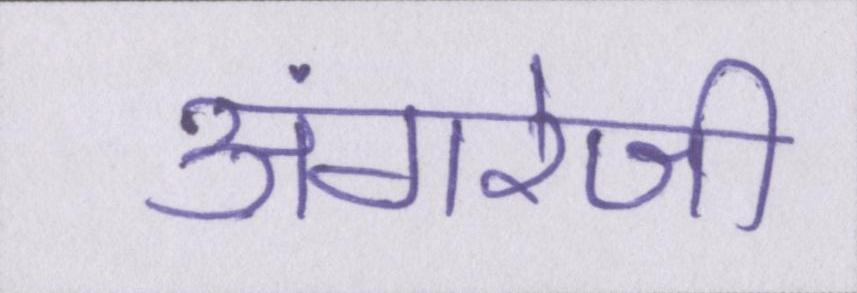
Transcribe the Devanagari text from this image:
अंगरेजी